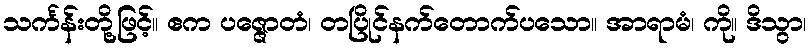
သင်္ကန်းတို့ဖြင့်။ ဧက ပဇ္ဇောတံ၊ တပြိုင်နက်တောက်ပသော။ အာရာမံ၊ ကို။ ဒိသွာ၊